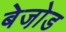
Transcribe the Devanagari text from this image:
बेजो़ड